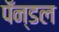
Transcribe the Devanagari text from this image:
पॅन्डल